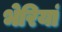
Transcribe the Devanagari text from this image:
भेरियां